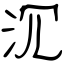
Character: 沉